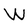
Character: W